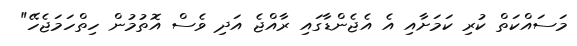
މަސައްކަތް ކުރި ކަމަށާއި އެ އެޖެންޑާގައި ރާއްޖެ އަދި ވެސް އޮތުމުން ހިތްހަމަޖެހޭ"